Lunatic asylums Punjab 1868-1880 - 1868-1880
Year: 1868
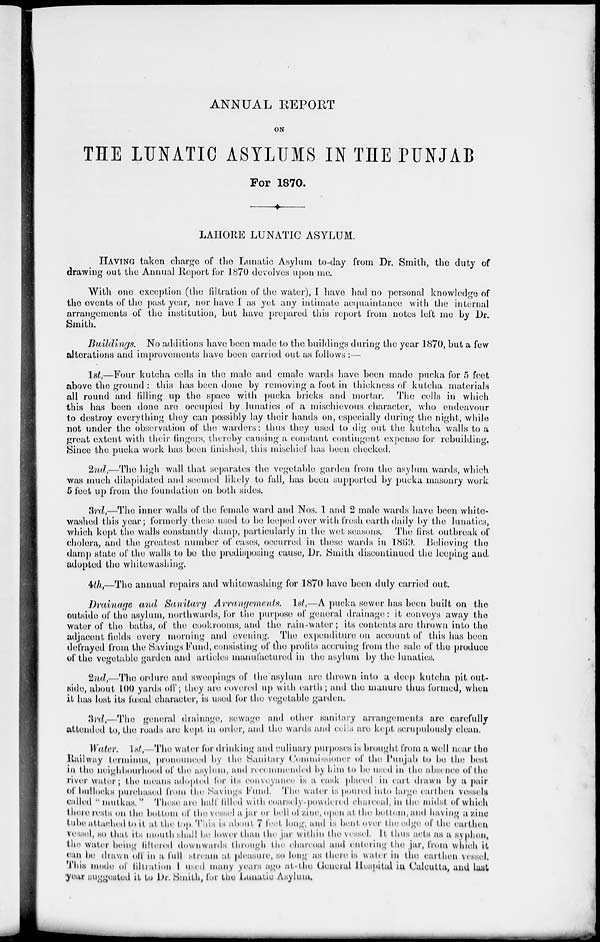
ANNUAL REPORT
ON
THE LUNATIC ASYLUMS IN THE PUNJAB
For 1870.
LAHORE LUNATIC ASYLUM.
HAVING taken charge of the Lunatic Asylum to-day from Dr. Smith, the duty of
drawing out the Annual Report for 1870 devolves upon me.
With one exception (the filtration of the water), I have had no personal knowledge of
the events of the past year, nor have I as yet any intimate acquaintance with the internal
arrangements of the Institution, but have prepared this report from notes left me by Dr.
Smith.
Buildings.
No additions have been made to the buildings during the year 1870, but a few
alterations and improvements have been carried out as follows:—
1st,—Four kutcha cells in the male and female wards have been made pucka for 5 feet
above the ground : this has been done by removing a foot in thickness of kutcha materials
all round and filling up the space with pucka bricks and mortar. The cells in which
this has been done are occupied by lunatics of a mischievous character, who endeavour
to destroy everything they can possibly lay their hands on, especially during the night, while
not under the observation of the warders: thus they used to dig out the kutcha walls to a
great extent with their fingers, thereby causing a constant contingent expense for rebuilding.
Since the pucka work has been finished, this mischief has been checked.
2nd,—The high wall that separates the vegetable garden from the asylum wards, which
was much dilapidated and seemed likely to fall, has been supported by pucka masonry work
5 feet up from the foundation on both sides.
3rd,—The inner walls of the female ward and Nos. 1 and 2 male wards have been white-
washed this year; formerly these used to be leeped over with fresh earth daily by the lunatics,
which kept the walls constantly damp, particularly in the wet seasons. The first outbreak of
cholera, and the greatest number of cases, occurred in these wards in 1869. Believing the
damp state of the walls to be the predisposing cause, Dr. Smith discontinued the leeping and
adopted the whitewashing.
4th,—The annual repairs and whitewashing for 1870 have been duly carried out.
Drainage and Sanitary Arrangements. 1st,—A pucka sewer has been built on the
outside of the asylum, northwards, for the purpose of general drainage: it conveys away the
water of the baths, of the cookrooms, and the rain-water; its contents are thrown into the
adjacent fields every morning and evening. The expenditure on account of this has been
defrayed from the Savings Fund, consisting of the profits accruing from the sale of the produce
of the vegetable garden and articles manufactured in the asylum by the lunatics.
2nd,—The ordure and sweepings of the asylum are thrown into a deep kutcha pit out-
side, about 100 yards off; they are covered up with earth; and the manure thus formed, when
it has lost its fœcal character, is used for the vegetable garden.
3rd,—The general drainage, sewage and other sanitary arrangements are carefully
attended to, the roads are kept in order, and the wards and cells are kept scrupulously clean.
Water. 1st,—The water for drinking and culinary purposes is brought from a well near the
Railway terminus, pronounced by the Sanitary Commissioner of the Punjab to be the best
in the neighbourhood of the asylum, and recommended by him to be used in the absence of the
river water; the means adopted for its conveyance is a cask placed in cart drawn by a pair
of bullocks purchased from the Savings Fund. The water is poured into large earthen vessels
called " mutkas." These are half filled with coarsely-powdered charcoal, in the midst of which
there rests on the bottom of the vessel a jar or bell of zine, open at the bottom,and having a zinc
tube attached to it at the top. This is about 7 feet long, and is bent over the edge of the earthen
vessel, so that its mouth shall be lower than the jar within the vessel. It thus acts as a syphon,
the water being filtered downwards through the charcoal and entering the jar, from which it
can be drawn off in a full stream at pleasure, so long as there is water in the earthen vessel.
This mode of filtration 1 used many years ago at the General Hospital in Calcutta, and last
year suggested it to Dr. Smith, for the Lunatic Asylum.